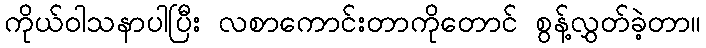
ကိုယ်ဝါသနာပါပြီး လစာကောင်းတာကိုတောင် စွန့်လွှတ်ခဲ့တာ။